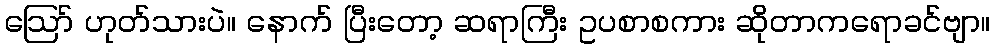
ဪ ဟုတ်သားပဲ။ နောက် ပြီးတော့ ဆရာကြီး ဥပစာစကား ဆိုတာကရောခင်ဗျာ။